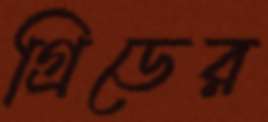
গ্রিডের